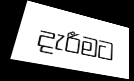
දැරීමට